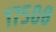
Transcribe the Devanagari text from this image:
१७५०८